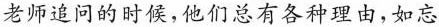
老师追问的时候，他们总有各种理由，如忘